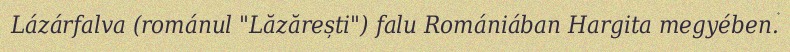
Lázárfalva (románul "Lăzărești") falu Romániában Hargita megyében.